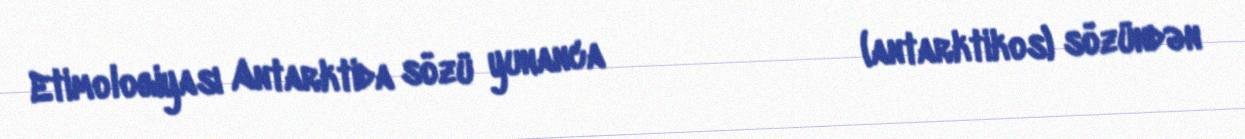
Etimologiyası Antarktida sözü yunanca ἀνταρκτικός (antarktikos) sözündən